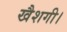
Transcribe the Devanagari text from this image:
खैशगी।